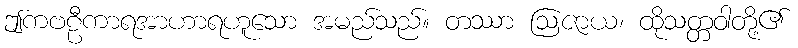
ဤကဗဠီကာရအာဟာရဟူသော အမည်သည်။ တဿာ ဩဇာယ၊ ထိုသတ္တဝါတို့၏